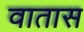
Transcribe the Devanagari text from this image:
वातास